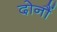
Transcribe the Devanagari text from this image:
दोनौं